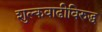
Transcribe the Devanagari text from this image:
शुल्कवाढीविरुद्ध